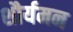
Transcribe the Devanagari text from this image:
शौर्यमन